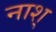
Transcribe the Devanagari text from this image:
नाश्